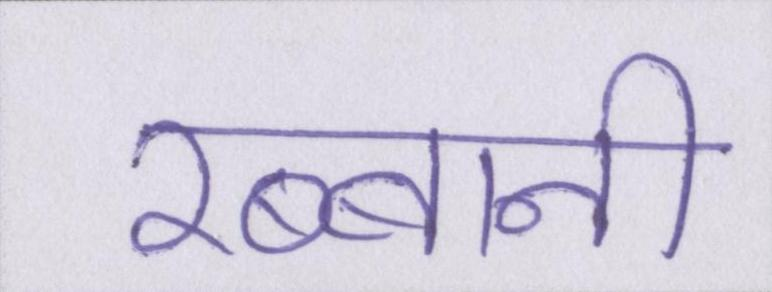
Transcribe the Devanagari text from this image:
रब्बानी